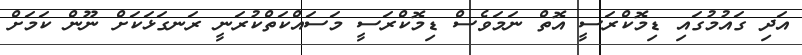
އަދި ގައުމުގައި ޑިމޮކްރަސީ އޮތް ނަމަވެސް ޑިމޮކްރަސީ މަސައްކަތްކުރަނީ ރަނގަޅަކަށް ނޫން ކަމަށް